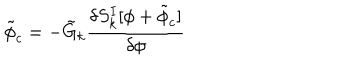
{ \tilde { \phi } } _ { c } = - { \tilde { G } } _ { k } { \frac { \delta S _ { k } ^ { I } [ \phi + { \tilde { \phi } _ { c } } ] } { \delta \phi } }